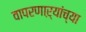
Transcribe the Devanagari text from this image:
वापरणाऱ्यांच्या